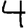
Digit: 4